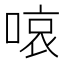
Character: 㗒